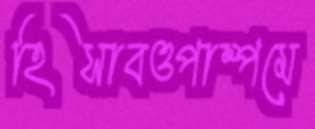
হিসাবওপাম্পমে